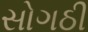
સોગઠી